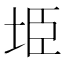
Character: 𭎏